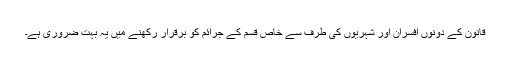
قانون کے دونوں افسران اور شہریوں کی طرف سے خاص قسم کے جرائم کو برقرار رکھنے میں یہ بہت ضروری ہے۔